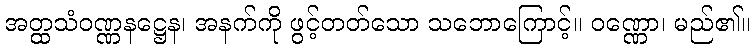
အတ္ထသံဝဏ္ဏနဋ္ဌေန၊ အနက်ကို ဖွင့်တတ်သော သဘောကြောင့်။ ဝဏ္ဏော၊ မည်၏။